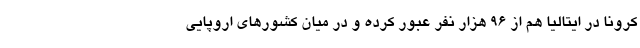
کرونا در ایتالیا هم از ۹۶ هزار نفر عبور کرده و در میان کشورهای اروپایی